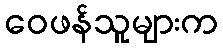
ဝေဖန်သူများက